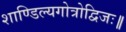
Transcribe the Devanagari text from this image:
शाण्डिल्यगोत्रोद्विजः॥